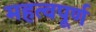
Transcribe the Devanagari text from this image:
महत्वपूर्ण